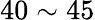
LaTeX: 40\sim 45